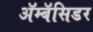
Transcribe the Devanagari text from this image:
ॲम्बॅसिडर